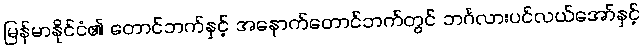
မြန်မာနိုင်ငံ၏ တောင်ဘက်နှင့် အနောက်တောင်ဘက်တွင် ဘင်္ဂလားပင်လယ်အော်နှင့်